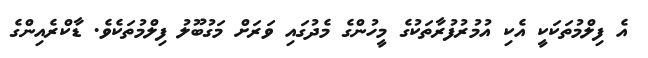
އެ ފިލްމުތަކަކީ އެކި އުމުރުފުރާތަކުގެ މީހުންގެ މެދުގައި ވަރަށް މަގުބޫލު ފިލްމުތަކެވެ. ޑާކްރެއިންގެ